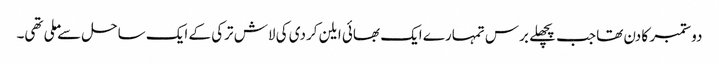
دو ستمبر کا دن تھا جب پچھلے برس تمہارے ایک بھائی ایلن کردی کی لاش ترکی کے ایک ساحل سے ملی تھی۔